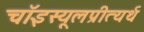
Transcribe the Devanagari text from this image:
चॉइस्यूलप्रीत्यर्थ